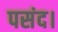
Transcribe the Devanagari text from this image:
पसंद।